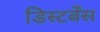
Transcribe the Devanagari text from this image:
डिस्टर्बेंस